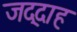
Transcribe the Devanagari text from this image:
जद्दाह